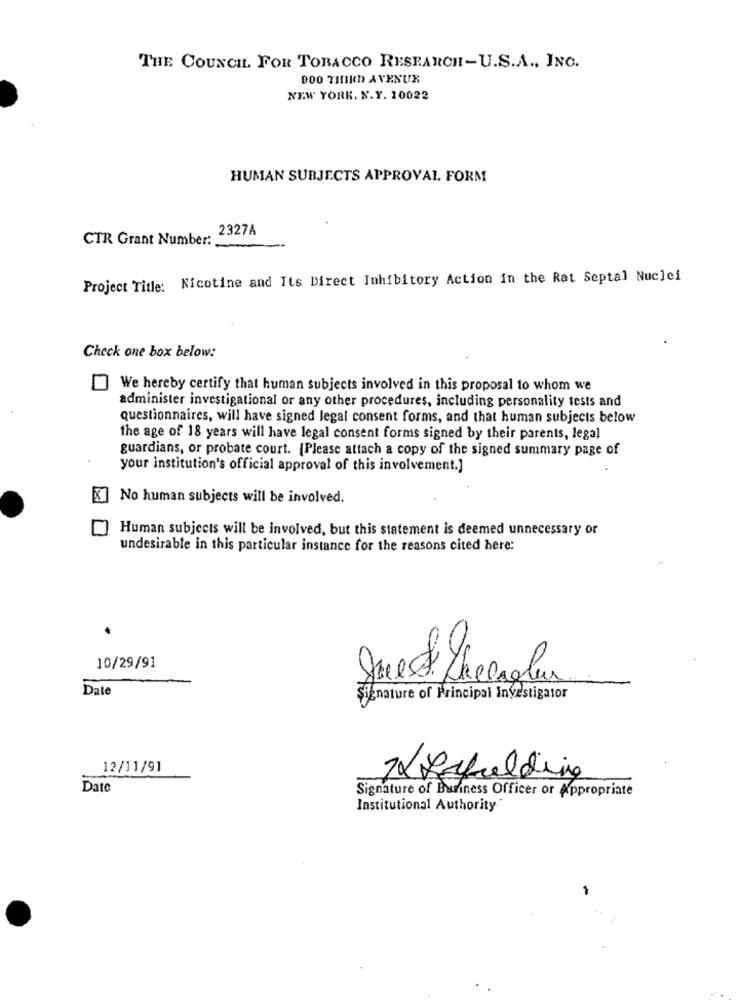
THE COUNCIL FOR TOBACCO RESEARCH-U.S.A ., INC.
900 THIRD AVENUE
NEW YORK. N.Y. 10022
HUMAN SUBJECTS APPROVAL FORM
2327A
CTR Grant Number:
Project Title: Nicotine and Its Direct Inhibitory Action in the Rat Septal Nuclei
Check one box below:
We hereby certify that human subjects involved in this proposal to whom we
administer investigational or any other procedures, including personality tests and
questionnaires, will have signed legal consent forms, and that human subjects below
the age of 18 years will have legal consent forms signed by their parents, legal
guardians, or probate court. {Please attach a copy of the signed summary page of
your institution's official approval of this involvement.]
No human subjects will be involved.
Human subjects will be involved, but this statement is deemed unnecessary or
undesirable in this particular instance for the reasons cited here:
10/29/91
Date
Signature of Principal Investigator
12/11/91
Reholding
Date
Signature of Business Officer or Appropriate
Institutional Authority